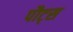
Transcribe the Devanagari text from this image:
पौट्स